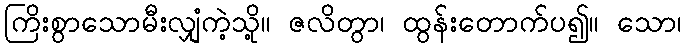
ကြိးစွာသောမီးလျှံကဲ့သို့။ ဇလိတွာ၊ ထွန်းတောက်ပ၍။ သော၊